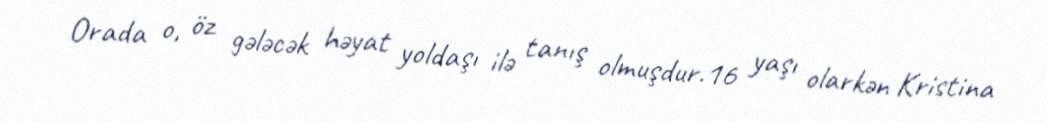
Orada o, öz gələcək həyat yoldaşı ilə tanış olmuşdur.16 yaşı olarkən Kristina